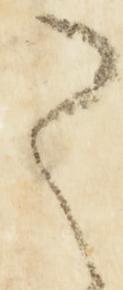
之